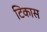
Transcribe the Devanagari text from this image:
टिकास